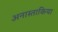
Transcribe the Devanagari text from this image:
अनास्ताकिया